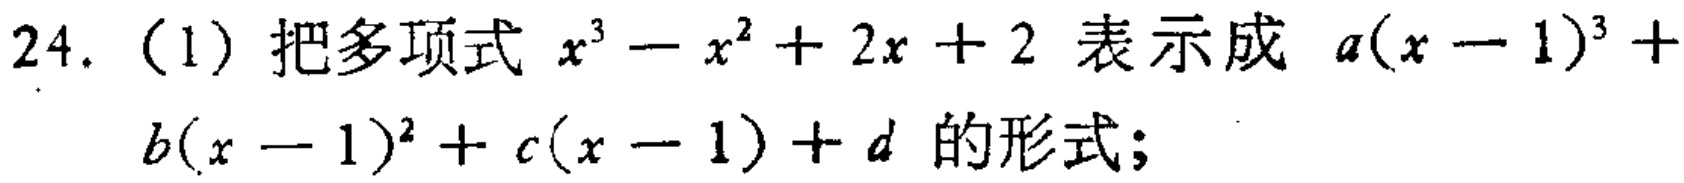
24.（1）把多项式 \(x^{3}-x^{2}+2x + 2\) 表示成 \(a(x - 1)^{3}+b(x - 1)^{2}+c(x - 1)+d\) 的形式；